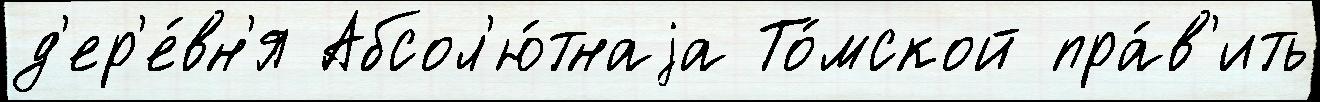
д'ер'е́вн'я Абсол'ю́тнаjа То́мской пра́в'ить